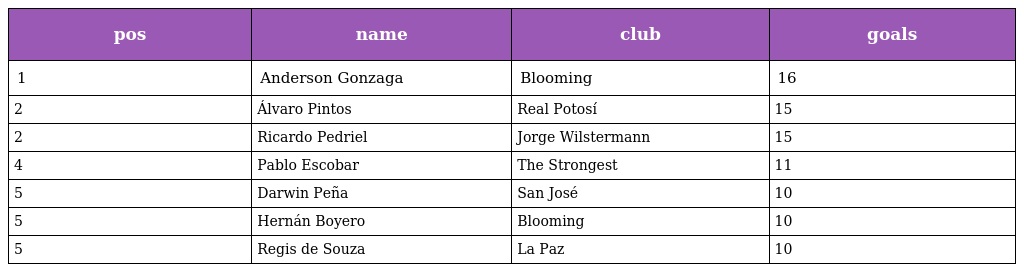
| pos | name | club | goals |
 | --- | --- | --- | --- |
 | 1 | Anderson Gonzaga | Blooming | 16 |
 | 2 | Álvaro Pintos | Real Potosí | 15 |
 | 2 | Ricardo Pedriel | Jorge Wilstermann | 15 |
 | 4 | Pablo Escobar | The Strongest | 11 |
 | 5 | Darwin Peña | San José | 10 |
 | 5 | Hernán Boyero | Blooming | 10 |
 | 5 | Regis de Souza | La Paz | 10 |